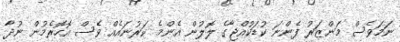
ނަމަވެސް މަންޒަރު ފެންނަ ކުޑަކުއްޖާގެ ލޮލުން އެންމެ ކަރުނައެއް ވެސް އޮހޮރެމުން ނުދާ